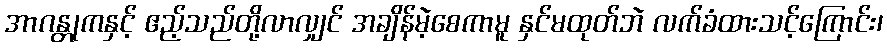
အာဂန္တုကနှင့် ဧည့်သည်တို့လာလျှင် အချိန်မဲ့စေကာမူ နှင်မထုတ်ဘဲ လက်ခံထားသင့်ကြောင်း၊